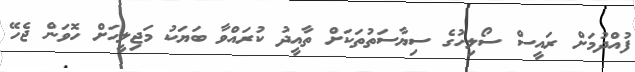
ފުއްދުމަށް ރައީސް ސޯލިހުގެ ސިޔާސަތުތަކަށް ތާއީދު ކުރައްވާ ބަޔަކު މަޖިލީހަށް ހޮވަން ޖެހޭ